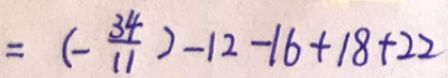
= ( - \frac { 3 4 } { 1 1 } ) - 1 2 - 1 6 + 1 8 + 2 2